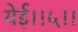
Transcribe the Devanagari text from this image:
येई।।५।।